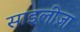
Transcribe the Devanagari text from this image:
साइलीज़ा